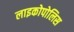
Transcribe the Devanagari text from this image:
लाइकोपोलिस